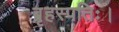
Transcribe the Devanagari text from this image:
ब्रृहस्पतिः।